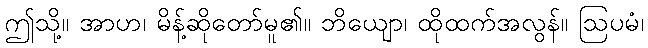
ဤသို့။ အာဟ၊ မိန့်ဆိုတော်မူ၏။ ဘိယျော၊ ထိုထက်အလွန်။ ဩပမံ၊